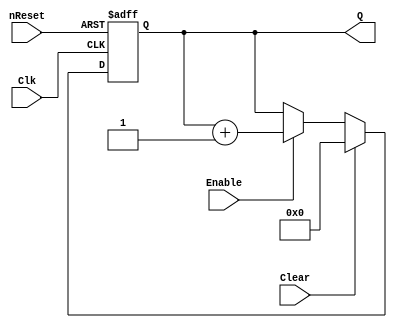
//
// @2017. KeA-418, eagle. All Right Reserved.
//

//
// stdlib.v.v
// stand librery
// eagle
// 2017-8-1
// v1.0.0
//

module Countor #(parameter Bits = 8)(
	input Clk, nReset,
	input Enable, Clear,
	output [Bits-1:0] Q
);
	reg [Bits-1:0] q;
	always @(posedge Clk, negedge nReset)begin
		if(!nReset) q <= {Bits{1'b0}};
		else if(Clear) q <= {Bits{1'b0}};
		else if(Enable) q <= q + 1'b1;
		else q <= q;
	end
	assign Q = q;
	
endmodule

module CapturePosedge(
	input Clk, nReset,
	input Signals,
	output PosSignals
);
	reg [1:0] pos;
	always @(posedge Clk, negedge nReset)begin
		if(!nReset) pos <= {2{1'b0}};
		else pos <= {pos[0],Signals};
	end
	assign PosSignals = (!pos[0]) & pos[1];
	
endmodule